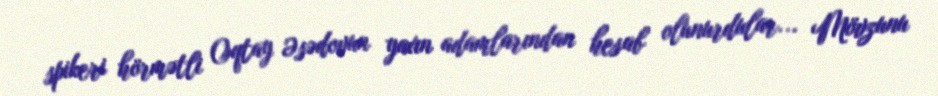
spikeri hörmətli Oqtay Əsədovun yaxın adamlarından hesab olunurdular... Mövzunu